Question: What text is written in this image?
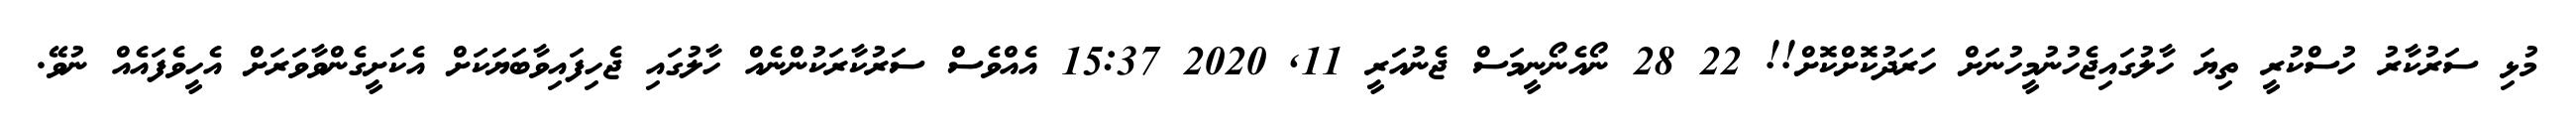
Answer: މުޅި ސަރުކާރު ހުސްކުރީ ތިޔަ ހާލުގައިޖެހުނުމީހުނަށް ހަރަދުކޮށްކޮށް!! 22 28 ނޯއެނޯނީމަސް ޖެނުއަރީ 11, 2020 15:37 އެއްވެސް ސަރުކާރަކުންނެއް ހާލުގައި ޖެހިފައިވާބަޔަކަށް އެކަށީގެންވާވަރަށް އެހީވެފައެއް ނުވޭ.